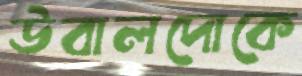
উবালদোকে